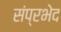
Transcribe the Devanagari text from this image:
संप्रभेद